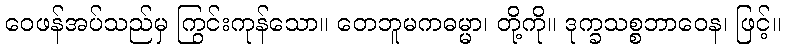
ဝေဖန်အပ်သည်မှ ကြွင်းကုန်သော။ တေဘူမကဓမ္မာ၊ တို့ကို။ ဒုက္ခသစ္စဘာဝေန၊ ဖြင့်။